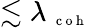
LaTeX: \lesssim\lambda{_{\mathrm{~\scriptsize~c~o~h~}}}